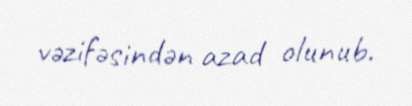
vəzifəsindən azad olunub.